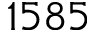
1 5 8 5